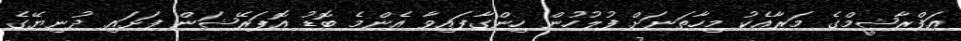
އަފްރާޝީމްގެ މަރާއެކު މިހާތަނަށް ފުލުހުން ހިންގާފައިވާ އެންމެ ބޮޑު އޮޕަރޭޝަން ފަށައި ދުނިޔޭގެ